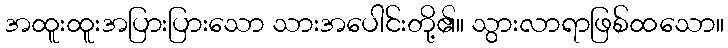
အထူးထူးအပြားပြားသော သားအပေါင်းတို့၏။ သွားလာရာဖြစ်ထသော။